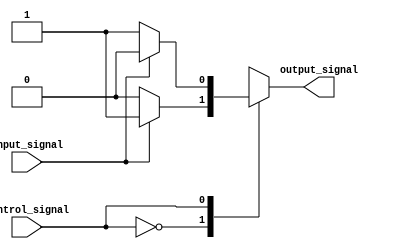
module case_if_else (
    input wire control_signal,
    input wire input_signal,
    output reg output_signal
);

always @*
begin
    case (control_signal)
        4'b0000: begin
            if (input_signal == 1'b0)
                output_signal <= 1'b0;
            else
                output_signal <= 1'b1;
        end
        4'b0001: begin
            if (input_signal == 1'b0)
                output_signal <= 1'b1;
            else
                output_signal <= 1'b0;
        end
        // Add more cases as needed
        
        default: begin
            output_signal <= 1'bx; // Default case
        end
    endcase
end

endmodule